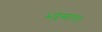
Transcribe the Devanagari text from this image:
भद्दसाल।